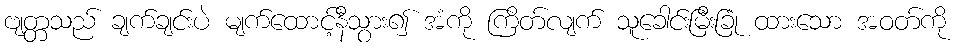
ဗျတ္တသည် ချက်ချင်းပဲ မျက်ထောင့်နီသွား၍ အံကို ကြိတ်လျက် သူခေါင်းမြီးခြုံ ထားသော အဝတ်ကို